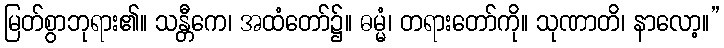
မြတ်စွာဘုရား၏။ သန္တီကေ၊ အထံတော်၌။ ဓမ္မံ၊ တရားတော်ကို။ သုဏာတိ၊ နာလော့။”